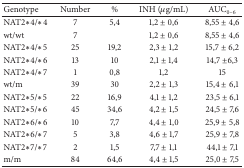
| Genotype | Number | % | INH (μg/mL) | AUC0–6 |
 | --- | --- | --- | --- | --- |
 | NAT2∗4/∗4 | 7 | 5,4 | 1,2 ± 0,6 | 8,55 ± 4,6 |
 | wt/wt | 7 |  | 1,2 ± 0,6 | 8,55 ± 4,6 |
 | NAT2∗4/∗5 | 25 | 19,2 | 2,3 ± 1,2 | 15,7 ± 6,2 |
 | NAT2∗4/∗6 | 13 | 10 | 2,1 ± 1,4 | 14,7 ±6,3 |
 | NAT2∗4/∗7 | 1 | 0,8 | 1,2 | 15 |
 | wt/m | 39 | 30 | 2,2 ± 1,3 | 15,4 ± 6,1 |
 | NAT2∗5/∗5 | 22 | 16,9 | 4,1 ± 1,2 | 23,5 ± 6,1 |
 | NAT2∗5/∗6 | 45 | 34,6 | 4,2 ± 1,5 | 24,5 ± 7,6 |
 | NAT2∗6/∗6 | 10 | 7,7 | 4,4 ± 1,0 | 25,9 ± 5,8 |
 | NAT2∗6/∗7 | 5 | 3,8 | 4,6 ± 1,7 | 25,9 ± 7,8 |
 | NAT2∗7/∗7 | 2 | 1,5 | 7,7 ± 1,1 | 44,1 ± 7,1 |
 | m/m | 84 | 64,6 | 4,4 ± 1,5 | 25,0 ± 7,5 |